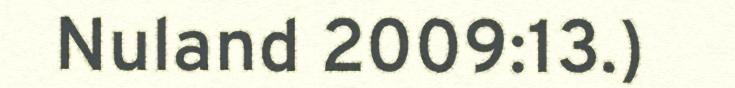
Nuland 2009:13.)